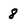
Character: 8